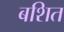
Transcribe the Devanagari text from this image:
बशित